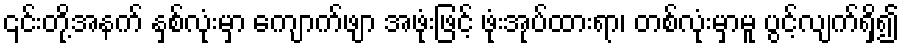
၎င်းတို့အနက် နှစ်လုံးမှာ ကျောက်ဖျာ အဖုံးဖြင့် ဖုံးအုပ်ထားရာ၊ တစ်လုံးမှာမူ ပွင့်လျက်ရှိ၍